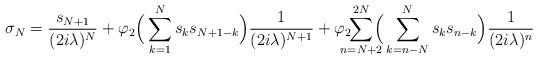
LaTeX: \begin{align*}\sigma_N = \frac{s_{N+1}}{(2i\lambda)^N}+ \varphi_2 \Big(\sum_{k=1}^{N}s_ks_{N+1-k}\Big)\frac{1}{(2i\lambda)^{N+1}} +\varphi_2\!\!\!\!\!\sum_{n=N+2}^{2N}\!\!\!\!\Big(\sum_{k=n-N}^{N}s_k s_{n-k}\Big)\frac{1}{(2 i\lambda)^n}\end{align*}